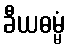
ခီယဓမ္မံ